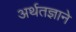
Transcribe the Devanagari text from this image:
अर्थतज्ञाने